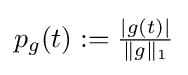
p_{g}(t):={\tfrac {|g(t)|}{\|g\|_{1}}}